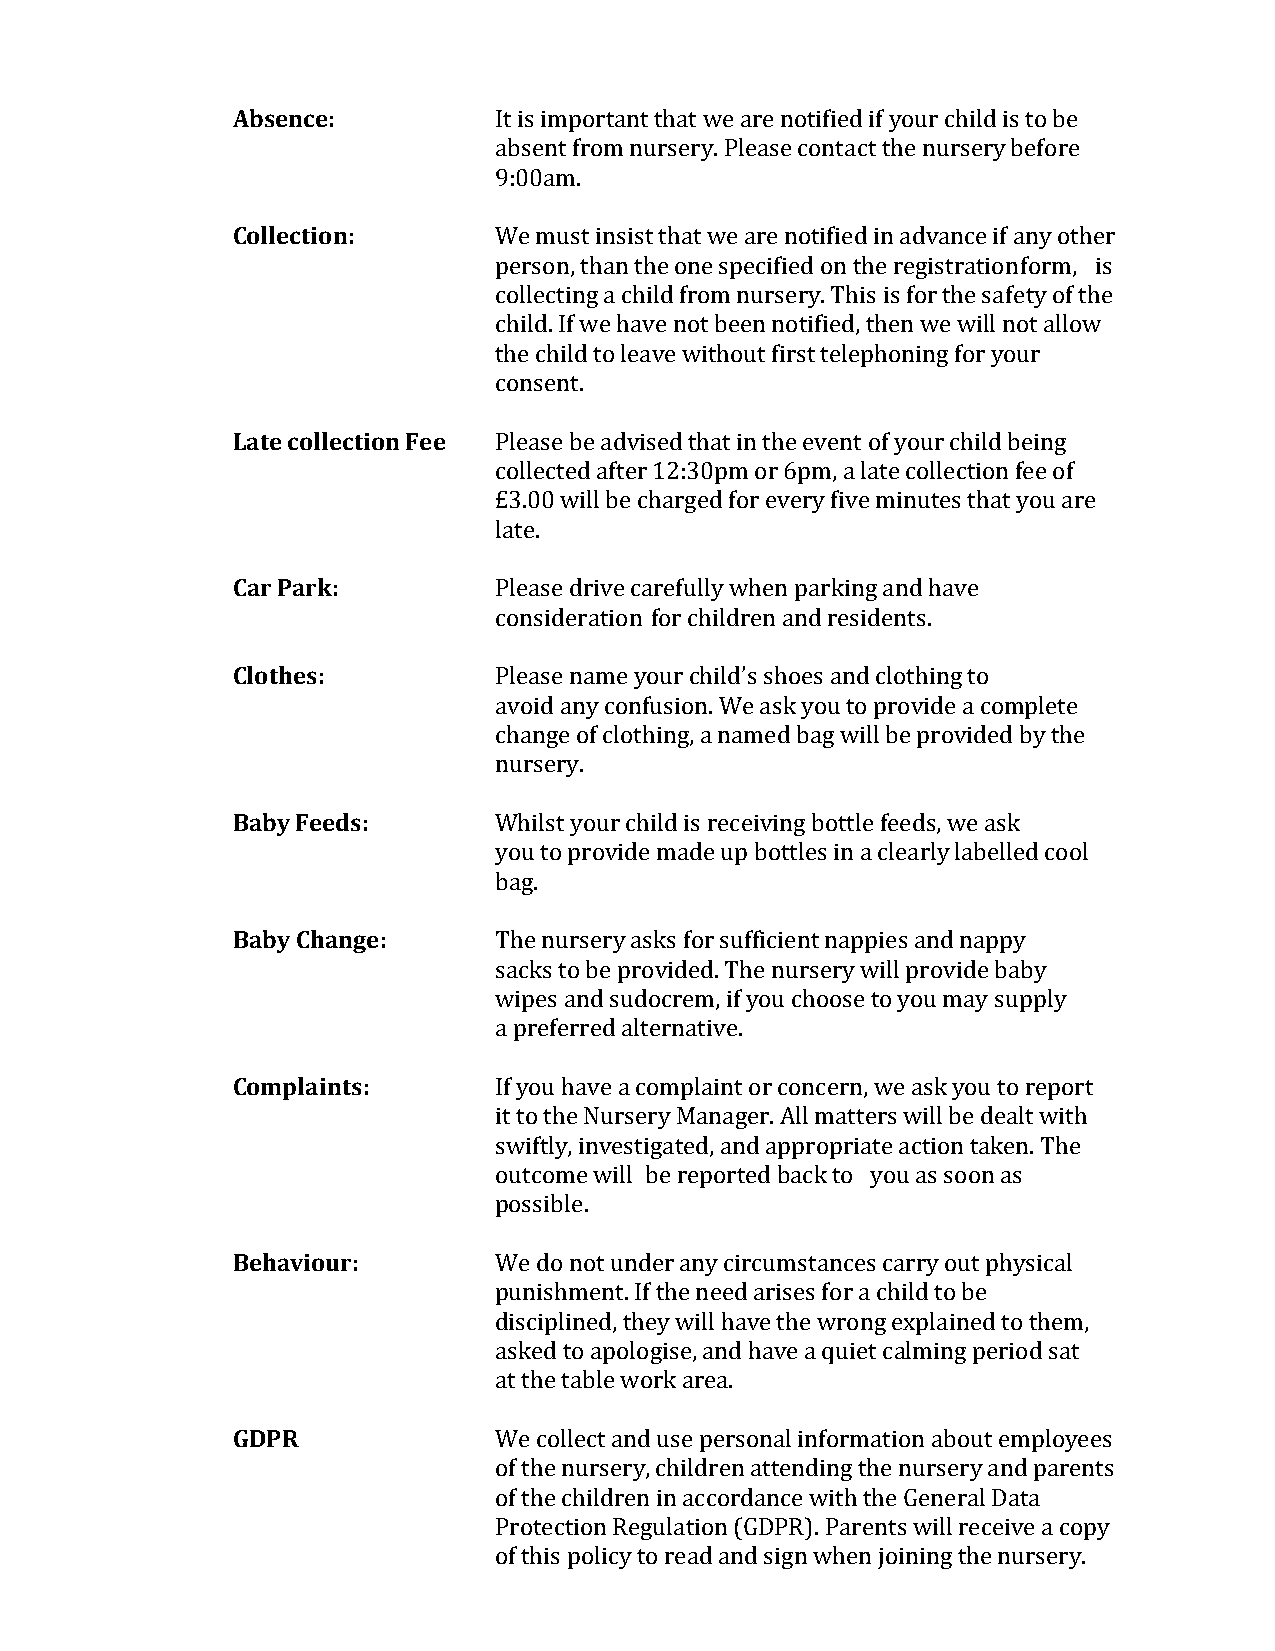
Absence:          It is important that we are notified if your child is to be
 absent from nursery. Please contact the nursery before
 9:00am.
 Collection:       We must insist that we are notified in advance if any other
 person, than the one specified on the registration form, is
 collecting a child from nursery. This is for the safety of the
 child. If we have not been notified, then we will not allow
 the child to leave without first telephoning for your
 consent.
 Late collection Fee Please be advised that in the event of your child being
 collected after 12:30pm or 6pm, a late collection fee of
 £3.00 will be charged for every five minutes that you are
 late.
 Car Park:         Please drive carefully when parking and have
 consideration for children and residents.
 Clothes:          Please name your child’s shoes and clothing to
 avoid any confusion. We ask you to provide a complete
 change of clothing, a named bag will be provided by the
 nursery.
 Baby Feeds:       Whilst your child is receiving bottle feeds, we ask
 you to provide made up bottles in a clearly labelled cool
 bag.
 Baby Change:      The nursery asks for sufficient nappies and nappy
 sacks to be provided. The nursery will provide baby
 wipes and sudocrem, if you choose to you may supply
 a preferred alternative.
 Complaints:       If you have a complaint or concern, we ask you to report
 it to the Nursery Manager. All matters will be dealt with
 swiftly, investigated, and appropriate action taken. The
 outcome will be reported back to you as soon as
 possible.
 Behaviour:        We do not under any circumstances carry out physical
 punishment. If the need arises for a child to be
 disciplined, they will have the wrong explained to them,
 asked to apologise, and have a quiet calming period sat
 at the table work area.
 GDPR              We collect and use personal information about employees
 of the nursery, children attending the nursery and parents
 of the children in accordance with the General Data
 Protection Regulation (GDPR). Parents will receive a copy
 of this policy to read and sign when joining the nursery.